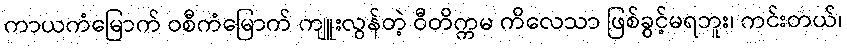
ကာယကံမြောက် ဝစီကံမြောက် ကျူးလွန်တဲ့ ဝီတိက္ကမ ကိလေသာ ဖြစ်ခွင့်မရဘူး၊ ကင်းတယ်၊